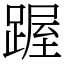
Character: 䠎